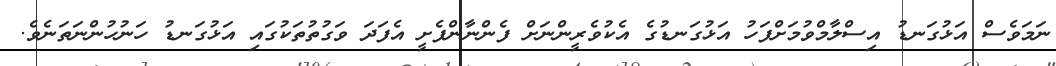
ނަމަވެސް އަޅުގަނޑު އިސްލާމްވުމަށްފަހު އަޅުގަނޑުގެ އެކުވެރީންނަށް ފެންނާންފެށީ އެފަދަ ވަގުތުތަކުގައި އަޅުގަނޑު ހަނުހުންނަތަނެވެ.